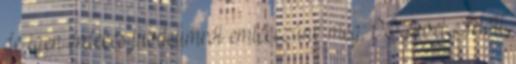
de igen érdekes jubileumról emlékezünk meg: 90 évvel ezelőtt